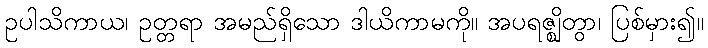
ဥပါသိကာယ၊ ဥတ္တရာ အမည်ရှိသော ဒါယိကာမကို။ အပရဇ္ဈိတွာ၊ ပြစ်မှား၍။